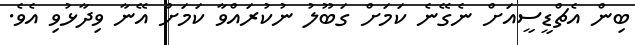
ބިން އެޗްޑީސީއަށް ނެގޭނެ ކަމަށް ގަބޫލު ނުކުރައްވާ ކަމަށް އޭނާ ވިދާޅުވި އެވެ.